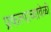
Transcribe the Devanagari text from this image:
प्रकल्पाच्यावेळी